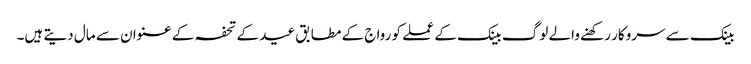
بینک سے سروکار رکھنے والے لوگ بینک کے عملے کو رواج کے مطابق عید کے تحفہ کے عنوان سے مال دیتے ہیں۔